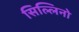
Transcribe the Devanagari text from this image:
सिल्लिनो